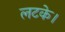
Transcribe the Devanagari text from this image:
लटके।